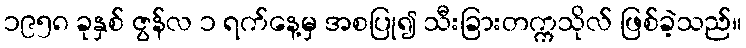
၁၉၅၈ ခုနှစ် ဇွန်လ ၁ ရက်နေ့မှ အစပြု၍ သီးခြားတက္ကသိုလ် ဖြစ်ခဲ့သည်။